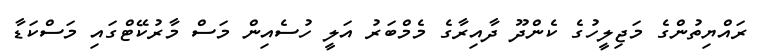
ރައްޔިތުންގެ މަޖިލީހުގެ ކެންދޫ ދާއިރާގެ މެމްބަރު އަލީ ހުސެއިން މަސް މާރުކޭޓްގައި މަސްކަޑާ